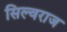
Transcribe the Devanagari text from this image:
सिल्वराज